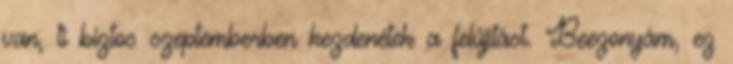
van, ti biztos szeptemberben kezdenétek a felújítást. Beezonyám, ez